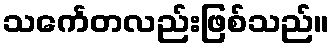
သင်္ကေတလည်းဖြစ်သည်။